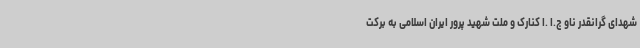
شهدای گرانقدر ناو ج.ا .ا کنارک و ملت شهید پرور ایران اسلامی به برکت